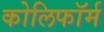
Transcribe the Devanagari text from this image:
कोलिफॉर्म